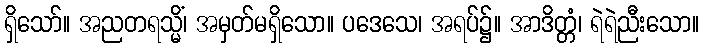
ရှိသော်။ အညတရသ္မိံ၊ အမှတ်မရှိသော။ ပဒေသေ၊ အရပ်၌။ အာဒိတ္တံ၊ ရဲရဲညီးသော။